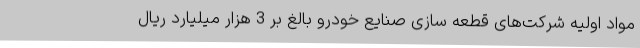
مواد اولیه شرکت‌های قطعه سازی صنایع خودرو بالغ بر 3 هزار میلیارد ریال